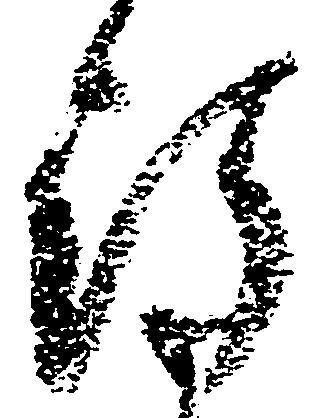
得